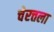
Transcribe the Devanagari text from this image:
चेरत्तला